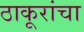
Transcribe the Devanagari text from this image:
ठाकूरांचा